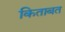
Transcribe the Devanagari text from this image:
किताबत